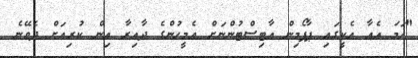
"ހަމަ އެއާ އެކީގައި ޕާފޯމިން އާޓިސްޓުންނަށް އެމީހުންގެ ދާއިރާ އިން ކުރިއަށް ދެވޭނެ